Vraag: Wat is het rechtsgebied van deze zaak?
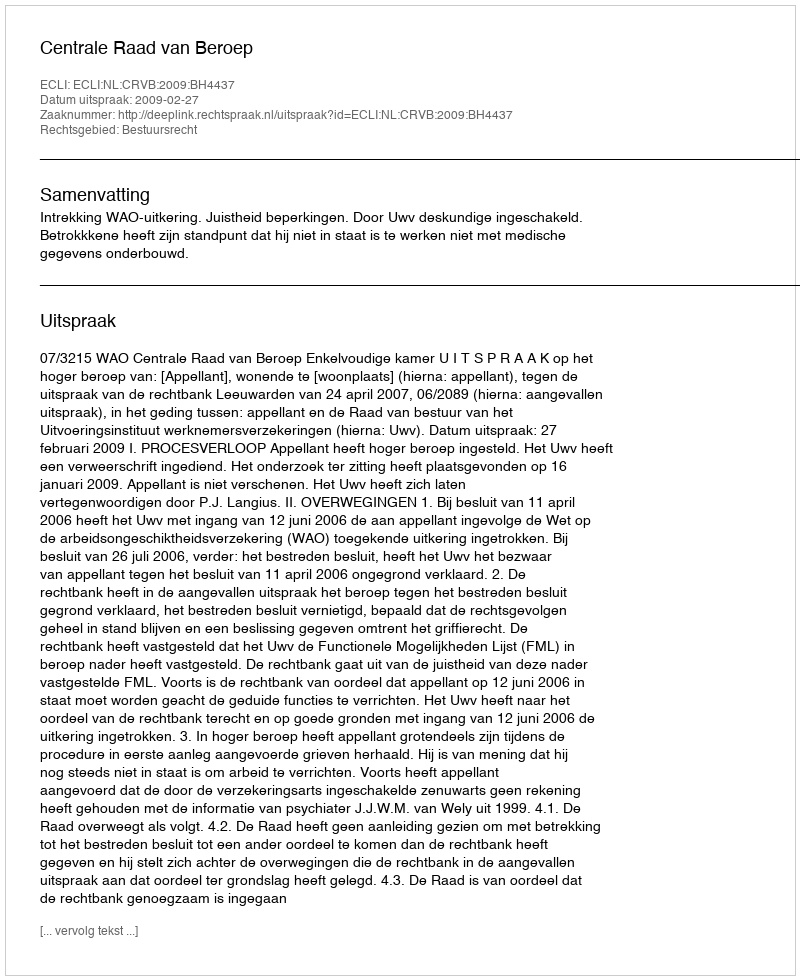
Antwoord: Bestuursrecht